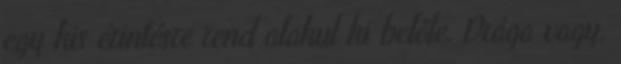
egy kis érintésre rend alakul ki belőle. Drága vagy,